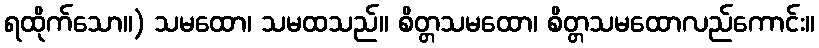
ရထိုက်သော။) သမထော၊ သမထသည်။ စိတ္တသမထော၊ စိတ္တသမထောလည်ကောင်း။